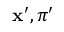
\mathbf { x } _ { } ^ { \prime } , \boldsymbol { \pi } _ { } ^ { \prime }